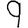
Digit: 9